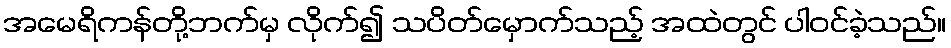
အမေရိကန်တို့ဘက်မှ လိုက်၍ သပိတ်မှောက်သည့် အထဲတွင် ပါဝင်ခဲ့သည်။